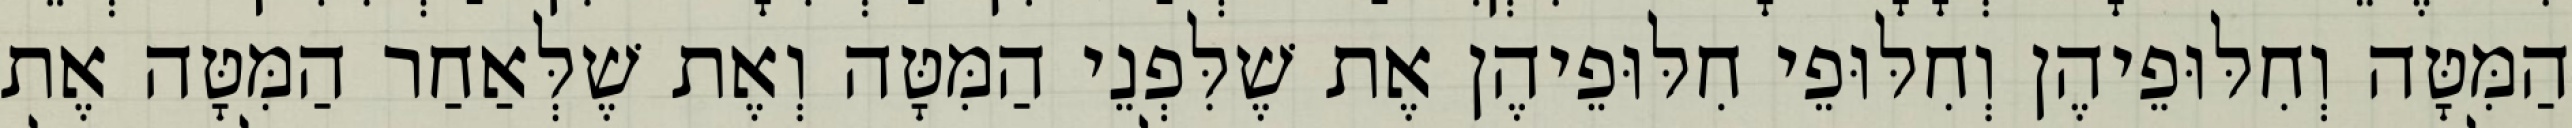
הַמִּטָּה וְחִלּוּפֵיהֶן וְחִלּוּפֵי חִלּוּפֵיהֶן אֶת שֶׁלִּפְנֵי הַמִּטָּה וְאֶת שֶׁלְּאַחַר הַמִּטָּה אֶת